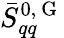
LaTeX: \bar{S}_{qq}^{0,\mathrm{~G~}}